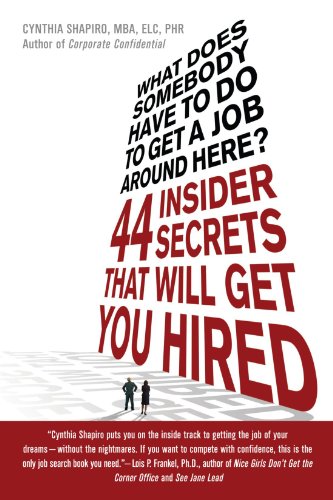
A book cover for What Does Somebody Have to Do to Get a Job Around Here! 44 Insider Secrets and Tips that Will Get You Hired; Cynthia Shapiro; Business & Money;